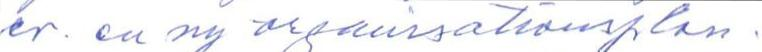
er. en ny organisationsplan.